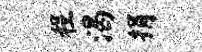
程渴捐